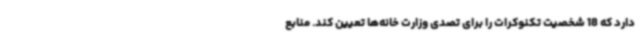
دارد که 18 شخصیت تکنوکرات را برای تصدی وزارت خانه‌ها تعیین کند. منابع